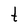
Character: t